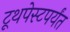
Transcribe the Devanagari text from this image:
टूथपेस्टपर्यंत